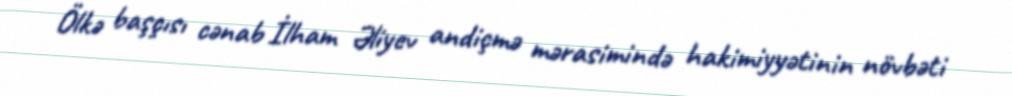
Ölkə başçısı cənab İlham Əliyev andiçmə mərasimində hakimiyyətinin növbəti